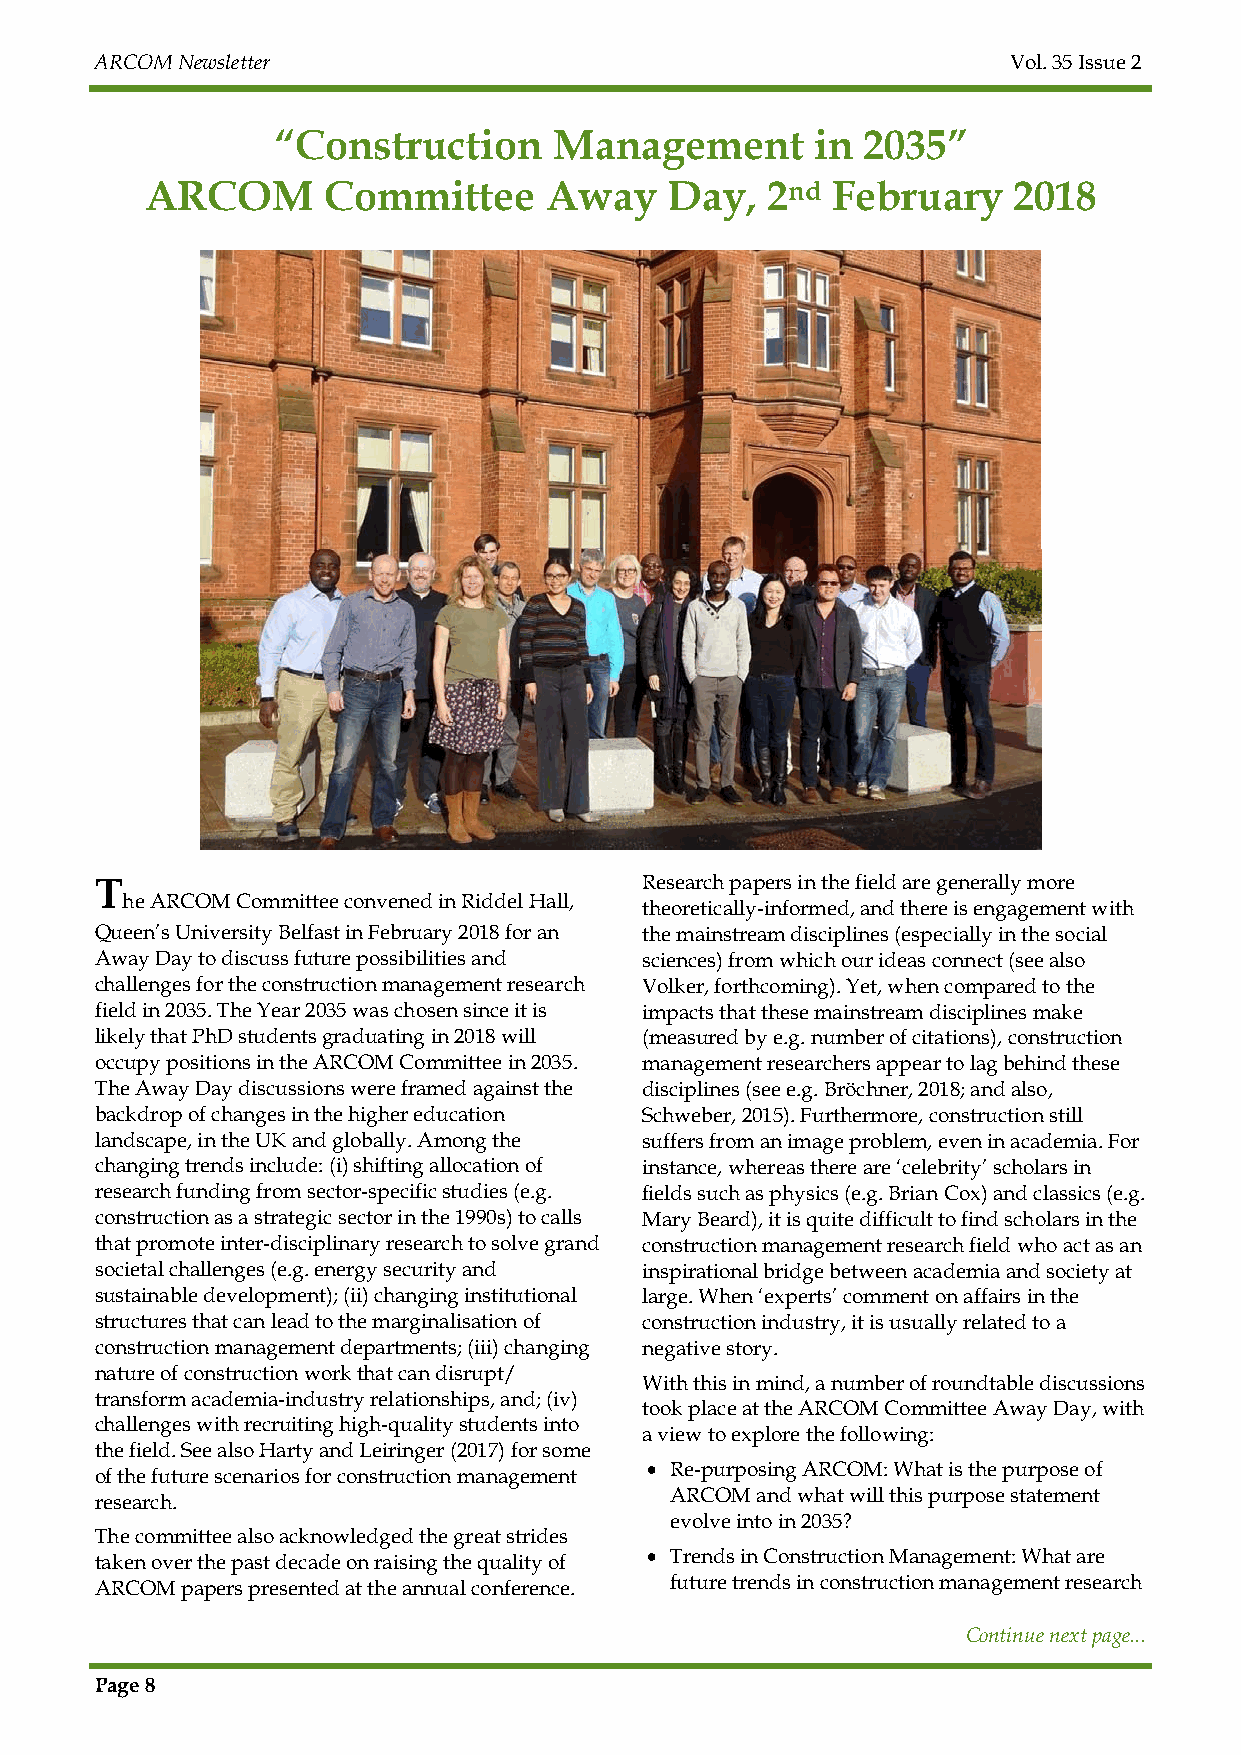
ARCOM Newsletter                                             Vol. 35 Issue 2
 “Construction      Management       in 2035”
 ARCOM      Committee      Away    Day,   2nd February    2018
 T                                   Research papers in the field are generally more
 he ARCOM Committee convened in Riddel Hall,
 theoretically-informed, and there is engagement with
 Queen’s University Belfast in February 2018 for an the mainstream disciplines (especially in the social
 Away Day to discuss future possibilities and sciences) from which our ideas connect (see also
 challenges for the construction management research Volker, forthcoming). Yet, when compared to the
 field in 2035. The Year 2035 was chosen since it is impacts that these mainstream disciplines make
 likely that PhD students graduating in 2018 will (measured by e.g. number of citations), construction
 occupy positions in the ARCOM Committee in 2035. management researchers appear to lag behind these
 The Away Day discussions were framed against the disciplines (see e.g. Bröchner, 2018; and also,
 backdrop of changes in the higher education Schweber, 2015). Furthermore, construction still
 landscape, in the UK and globally. Among the suffers from an image problem, even in academia. For
 changing trends include: (i) shifting allocation of instance, whereas there are ‘celebrity’ scholars in
 research funding from sector-specific studies (e.g. fields such as physics (e.g. Brian Cox) and classics (e.g.
 construction as a strategic sector in the 1990s) to calls Mary Beard), it is quite difficult to find scholars in the
 that promote inter-disciplinary research to solve grand construction management research field who act as an
 societal challenges (e.g. energy security and inspirational bridge between academia and society at
 sustainable development); (ii) changing institutional large. When ‘experts’ comment on affairs in the
 structures that can lead to the marginalisation of construction industry, it is usually related to a
 construction management departments; (iii) changing negative story.
 nature of construction work that can disrupt/
 With this in mind, a number of roundtable discussions
 transform academia-industry relationships, and; (iv)
 took place at the ARCOM Committee Away Day, with
 challenges with recruiting high-quality students into
 a view to explore the following:
 the field. See also Harty and Leiringer (2017) for some
  Re-purposing ARCOM: What is the purpose of
 of the future scenarios for construction management
 ARCOM and what will this purpose statement
 research.
 evolve into in 2035?
 The committee also acknowledged the great strides
 taken over the past decade on raising the quality of  Trends in Construction Management: What are
 ARCOM papers presented at the annual conference. future trends in construction management research
 Continue next page...
 Page 8